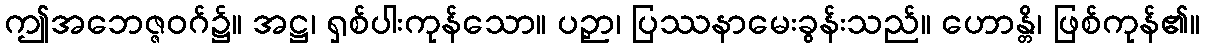
ဤအဘေဇ္ဇဝဂ်၌။ အဋ္ဌ၊ ရှစ်ပါးကုန်သော။ ပဉှာ၊ ပြဿနာမေးခွန်းသည်။ ဟောန္တိ၊ ဖြစ်ကုန်၏။